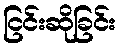
ငြင်းဆိုခြင်း